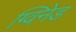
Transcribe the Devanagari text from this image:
ग्विनेड